Calcutta medical institutions reports 1879-81 [i.e.91]
Year: 1879
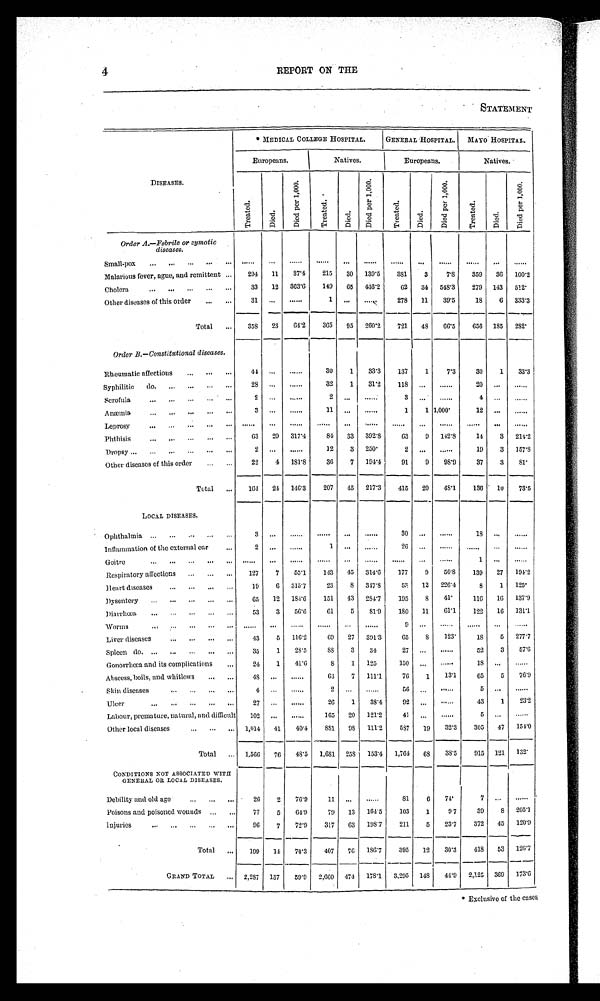
4
REPORT ON THE
STATEMENT
DISEASES.
MEDICAL COLLEGE HOSPITAL.
GENERAL HOSPITAL. MAYO HOSPITAL.
Europeans.
Natives.
Europeans.
Natives.
T r e a t e d .
Di e d.
D i e d p e r 1 , 0 0 0 .
T r e a t e d . Died.
D i e d p e r 1 , 0 0 0 .
T r e a t e d .
Di e d .
D i e d p e r 1 , 0 0 0 .
T r e a t e d .
Di ed.
D i e d p e r 1 , 0 0 0 .
Order A.—Febrile or cymotic
diseases.
Small-pox
. . .
. . .
. . .
. . .
. . .
. . .
. . . . . .
. . .
. . . . . .
. . .
Malarious fever, ague, and remittent
294 11 37.4 215 30 139.5
381
3
7.8
359 36 100.2
Cholera
33 12 363.6
149 65 436.2
62 34 548.3
279 143 512
Other diseases of this order
31 . . .
. . .
1
. . .
. . . 278 11 39.5
18
6 333.3
Total
358 23 64.2
365 95 260.2
721 48 66.5
656 185 282
Order B.—Constitutional diseases.
Rheumatic affections
4 4 . . .
. . .
30
1
33.3
137
1
7.3
30
1 33.3
Syphilitic do
28 . . .
. . .
32
1
3 1 . 2 118
. . .
. . .
20 ...
. . .
Scrofula
2 . . .
. . .
2
. . .
. . .
3
. . .
. . .
4
. . . ...
Anæmia
3 . . .
. . .
11
. . .
. . .
1
1 1,000
12
. . . ...
Leprosy
. . . . . .
. . .
. . .
. . .
. . .
. . .
. . .
. . .
. . . . . .
. . .
Phthisis
63 20 317.4
84 33 392.8
6 3
9 142.8
14
3 214.2
Dropsy
2 . . .
. . .
12
3 250
2
. . .
. . .
19
3 157.8
Other diseases of this order
22
4 181.8
36
7
1 9 4 . 4
91
9 98.9
37
3
8 1
Total
164 24 146.3
207 45 217.3 415 20 48.1 136 ' 10 73.5
LOCAL DISEASES.
Ophthalmia
3 ...
. . .
. . . . . .
. . . 30 ...
. . .
18 . . .
. . .
Inflammation of the external ear
2
. . .
. . .
1
. . .
. . .
26 . . .
. . .
. . . . . .
. . .
Goitre
. . . . . .
. . .
. . . . . .
. . .
. . . . . .
. . .
1
. . .
. . .
Respiratory affections
127
7 55.1
143 45 314.6
177
9
50.8
139 27 194.2
Heart diseases
19
6 315.7
23
8 347.8
58
12 226.4
8
1
1 2 5
Dysentery
6 5 12 184.6
151 43 284.7
195
8
4 1
116 16 137.9
Diarrhœa
53
3 56.6
6 1 5
8 1 . 9 180 11 61.1
122 16 131.1
Worms
. . .
. . .
. . .
. . .
. . .
. . .
9
. . .
. . .
. . .
. . .
. . .
Liver diseases
43
5
1 1 6 . 2
6 9 27 391.3
65
8 123
18
5 277.7
Spleen do
35
1 28.5
8 8 3 34
27 ...
. . .
52
3
5 7 . 6
Gonorrhœa and its complications
24
1 41.6
8
1 125
150 . . .
. . .
1 8
. . .
. . .
Abscess, boils, and whitlows
4 8 . . .
. . .
63
7 111.1
76
1 13.1
6 5
5 76.9
Skin diseases
4 . . .
. . .
2
. . .
. . .
56 . . .
. . .
5 . . .
. . .
Ulcer
27 . . .
. . .
26
1
3 8 . 4
92 . . .
. . .
43
1
23.2
Labour, premature, natural, and difficult
102 . . .
. . .
165 20 121.2
41
. . .
. . .
5
. . . . . .
Other local diseases
1,014 41
40.4 881
9 8 111.2
587
19 32.3
305 47 154.0
Total
1,566 76 48.5 1,681
2 5 8 153.4 1,764
68
3 8 . 5 915 121 132
CONDITIONS NOT ASSOCIATED WITH
GENERAL OR LOCAL DISEASES.
Debility and old age
26
2 76.9
11
. . .
. . .
8 1
6 74
7 . . .
. . .
Poisons and poisoned wounds
77
5 64.9
79 13 164.5
103
1
9.7
39
8 205.1
Injuries
96
7 72.9
317
6 3
1 9 8 . 7 211
5 23.7
372 45 120.9
Total
199 14 70.3
407 76 186.7
395 12 30.3
418 53 126.7
GRAND TOTAL
2,287
1 3 7
59.9
2 , 6 6 0
4 7 4
1 7 8 . 1
3 , 2 0 5
1 4 8
4 4 . 9
2 , 1 2 5 369 173. 6
*Exclusive of the cases